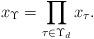
LaTeX: \begin{align*}x_\Upsilon=\prod_{\tau \in \Upsilon_d}x_\tau.\end{align*}